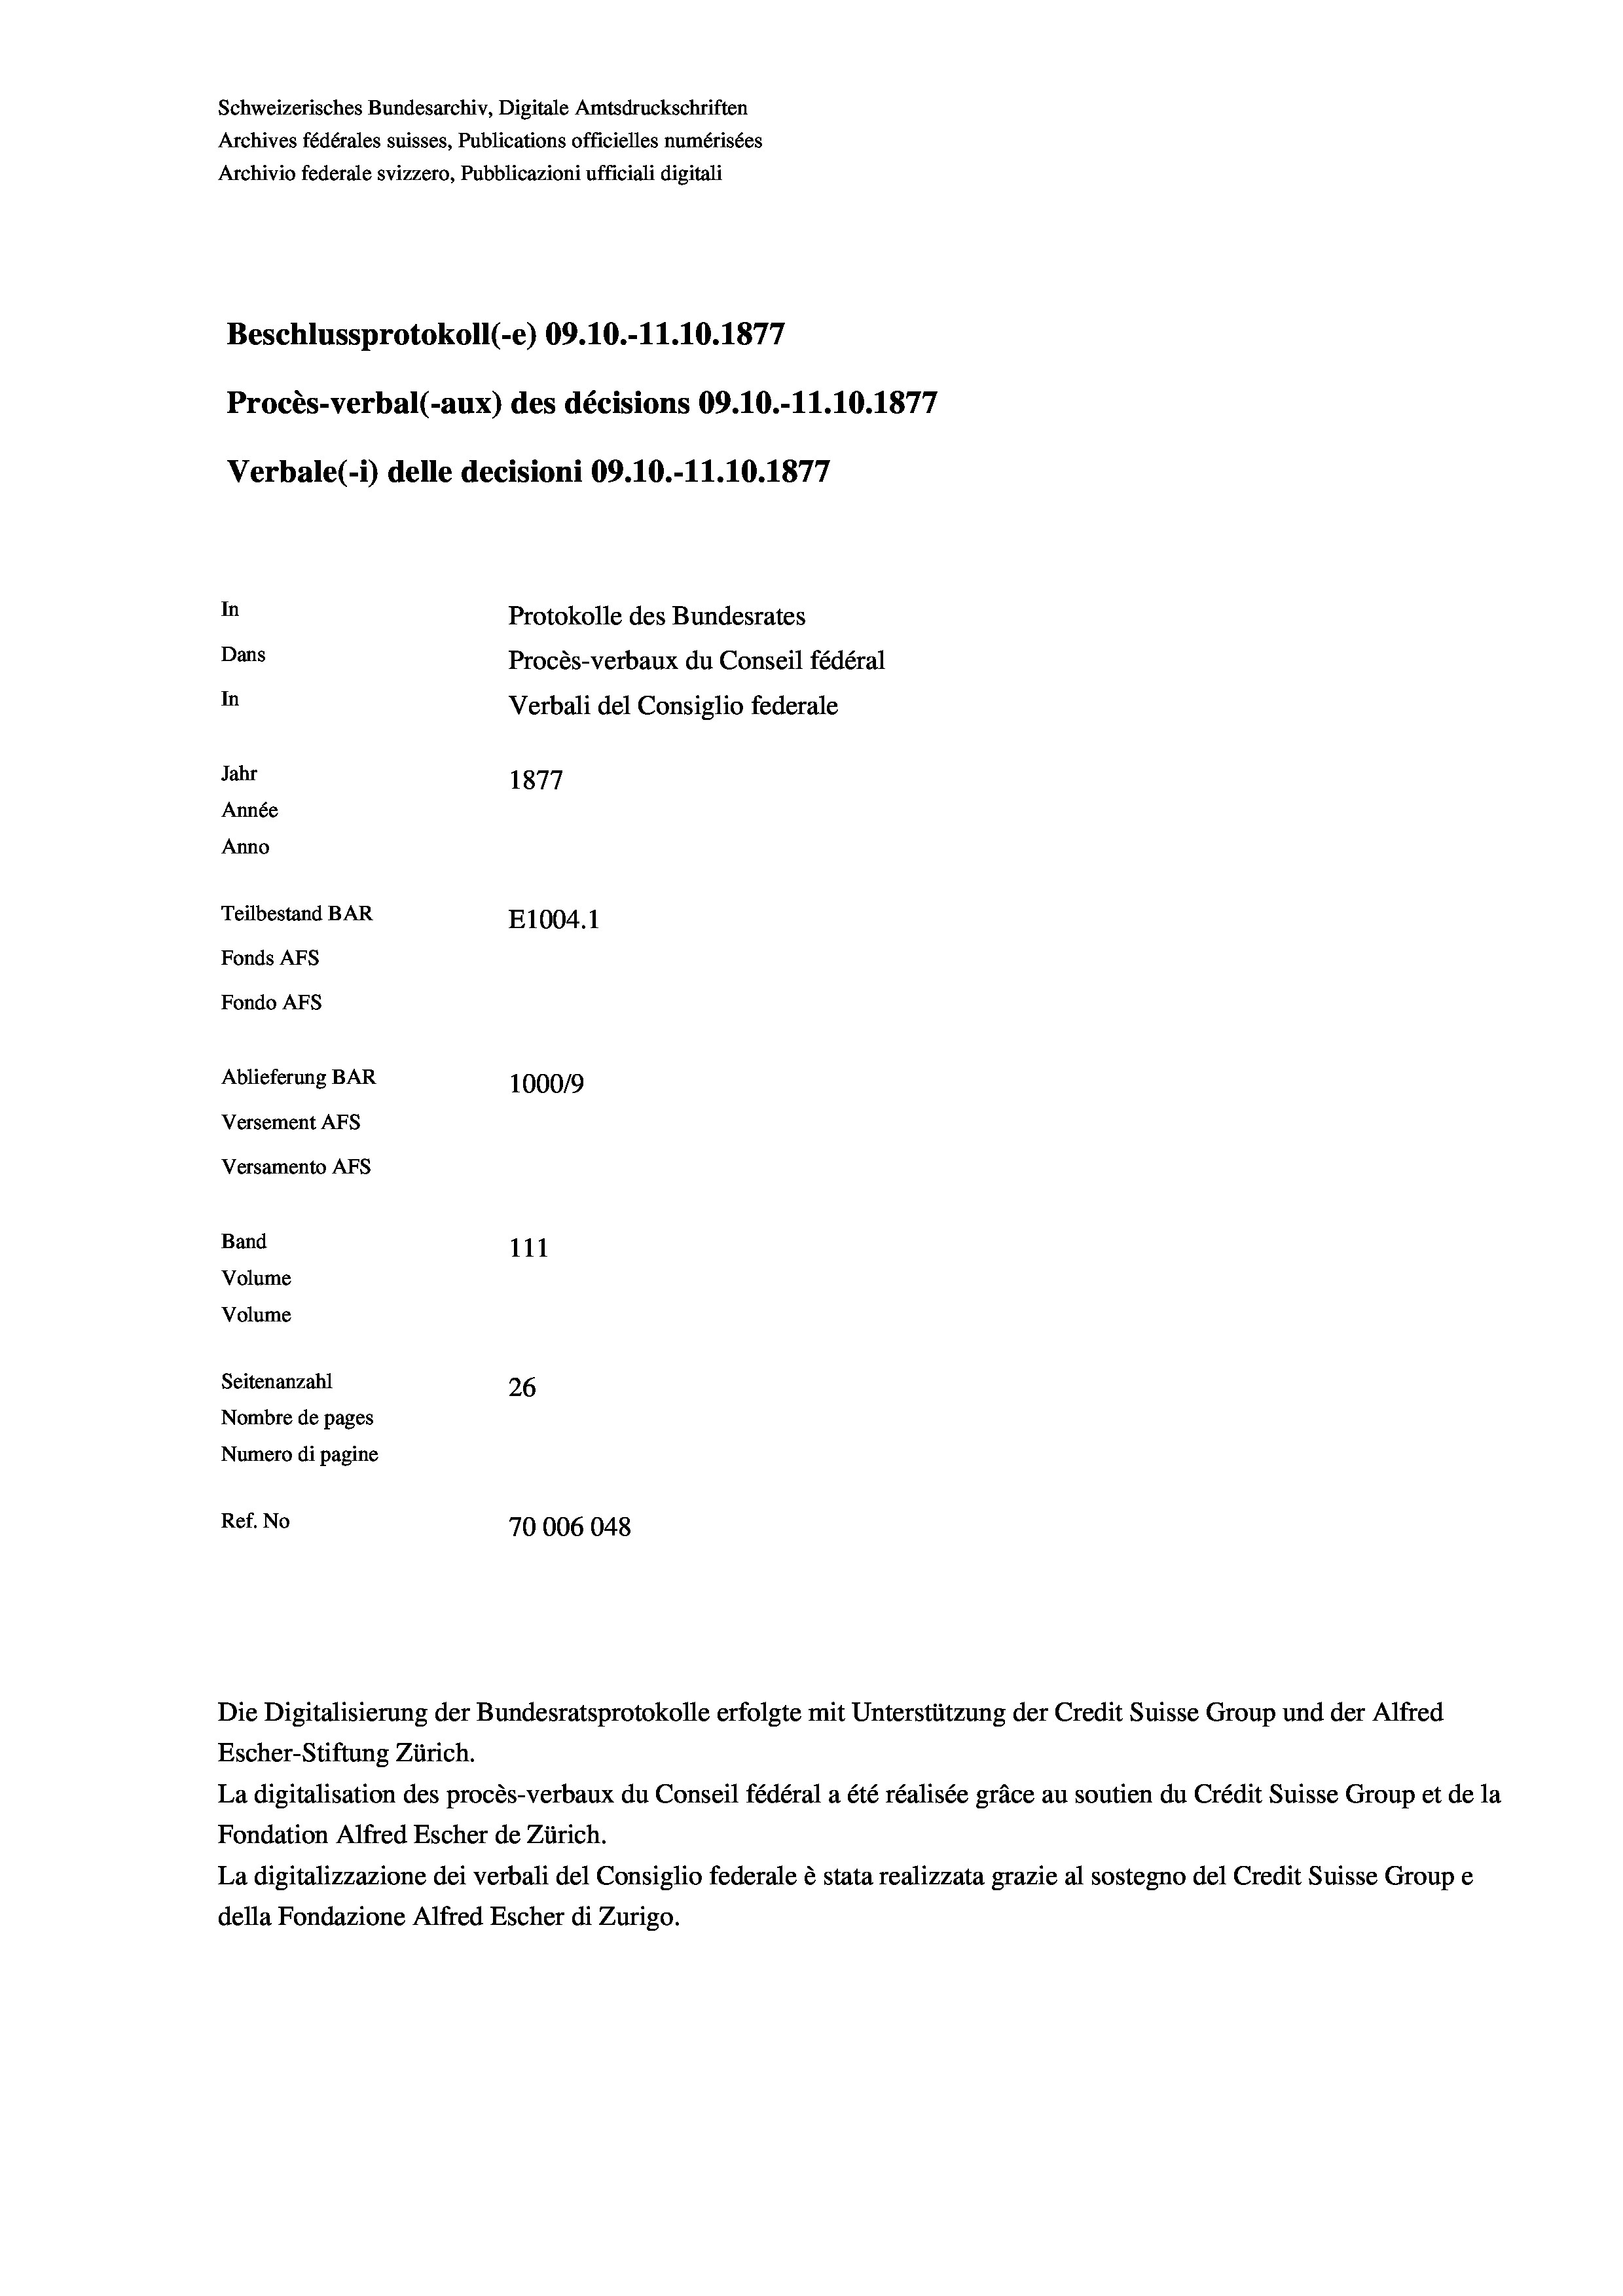
Schweizerisches Bundesarchiv, Digitale Amtsdruckschriften
Archives fédérales suisses, Publications officielles numérisées
Archivio federale svizzero, Pubblicazioni ufficiali digitali
Beschlussprotokoll (-e) 09.10.-11.10.1877
Procès-verbal (-aux) des décisions 09.10.-11.10.1877
Verbale (1) delle decisioni 09.10.-11.10.1877
In
Protokolle des Bundesrates
Dans
Procès-verbaux du Conseil fédéral
In
Verbali del Consiglio federale
Jahr
1877
Année
Anno
Teilbestand BAR
E1004.1
Fonds AFs
Fondo AFS
Ablieferung BAR
100019
Versement AFs
Versamento AFS

111
Seitenanzahl
26
Nombre de pages
Numero di pagine
Ref. No
70006048

Band
Volume
Volume

Escher-Stiftung Zürich.
La digitalisation des procès-verbaux du Conseil fédéral a été réalisée gräce au soutien du Crédit Suisse Group et de la
Fondation Alfred Escher de Zürich.
La digitalizzazione dei verbali del Consiglio federale è stata realizzata grazie al sostegno del Credit Suisse Groupe
della Fondazione Alfred Escher di Zurigo.

Die Digitalisierung der Bundesratsprotokolle erfolgte mit Unterstützung der Credit Suisse Group und der Alfred